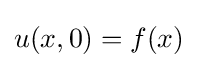
u(x,0)=f(x)